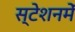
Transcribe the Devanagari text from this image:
स्टेशनमें